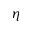
\eta